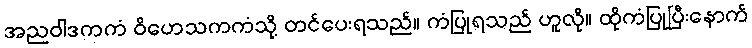
အညဝါဒကကံ ဝိဟေသကကံသို့ တင်ပေးရသည်။ ကံပြုရသည် ဟူလို။ ထိုကံပြုပြီးနောက်